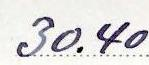
30.40